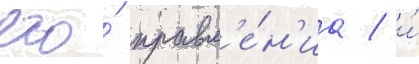
его́ правл'е́н'иа / и́